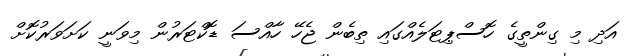
އަދި މި ގިންތީގެ ހޮސްޕިޓަލެއްގައި ތިބެން ޖެހޭ ހާއްސަ ޑޮކްޓަރުން މިވަނީ ކަށަވަރުކޮށް